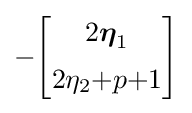
-{\begin{bmatrix}2{\boldsymbol {\eta }}_{1}\\[5pt]2\eta _{2}{+}p{+}1\end{bmatrix}}